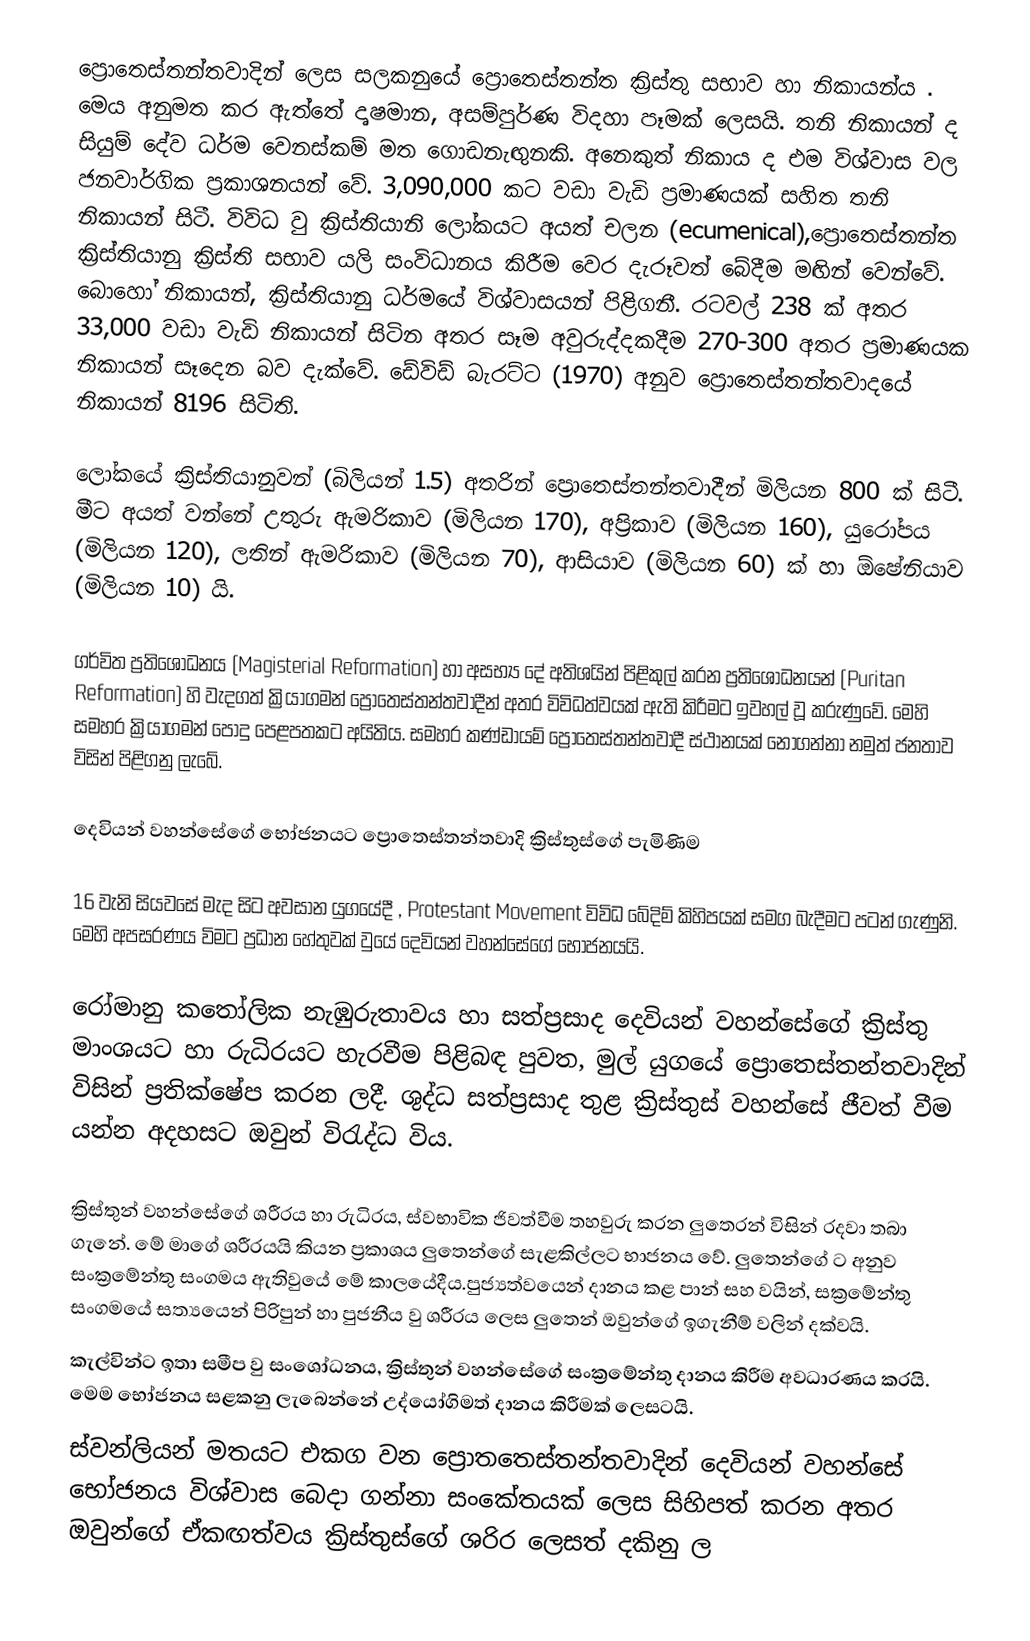
ප්‍රොතෙස්තන්තවාදින් ලෙස සලකනුයේ ප්‍රොතෙස්තන්ත ක්‍රිස්තු සභාව හා නිකායන්ය . මෙය අනුමත කර ඇත්තේ දෘෂමාන, අසම්පුර්ණ විදහා පෑමක් ලෙසයි. තනි නිකායන් ද සියුම් දේව ධර්ම වෙනස්කම් මත ගොඩනැඟුනකි. අනෙකුත් නිකාය ද එම විශ්වාස වල ජනවාර්ගික ප්‍රකාශනයන් වේ. 3,090,000 ක‍ට වඩා වැඩි ප්‍රමාණයක් සහිත  තනි නිකායන් සිටී. විවිධ වු ක්‍රිස්තියානි ලෝකයට අයත් චලන (ecumenical),ප්‍රොතෙස්තන්ත ක්‍රිස්තියානු ක්‍රිස්ති සභාව යලි සංවිධානය කිරීම වෙර දැරූවත් බේදීම මඟින් වෙන්වේ. බොහෝ නිකායන්, ක්‍රිස්තියානු ධර්මයේ විශ්වාසයන් පිළිගනී. රටවල් 238 ක් අතර 33,000 වඩා වැඩි නිකායන් සිටින අතර සෑම අවුරුද්දකදීම 270-300 අතර ප්‍රමාණයක නිකායන් සෑදෙන බව දැක්වේ. ඩේවිඩ් බැරට්ට (1970) අනුව ප්‍රොතෙස්තන්තවාදයේ නිකායන් 8196 සිටිති.

ලෝකයේ ක්‍රිස්තියානුවන් (බිලියන් 1.5) අතරින් ප්‍රොතෙස්තන්තවාදීන් මිලියන 800 ක් සිටී. මීට අයත් වන්නේ උතුරු ඇමරිකාව (මිලියන 170), අප්‍රිකාව (මිලියන 160), යුරෝපය (මිලියන 120), ලතින් ඇමරිකාව (මිලියන 70), ආසියාව (මිලියන 60) ක් හා ඕෂේනියාව (මිලියන 10) යි.

ගර්විත ප්‍රතිශෝධනය (Magisterial Reformation) හා  අසභ්‍ය දේ අතිශයින් පිළිකුල් කරන ප්‍රතිශෝධනයන් (Puritan Reformation)  හි වැදගත් ක්‍රියාගමන් ප්‍රොතෙස්තන්තවාදීන් අතර විවිධත්වයක් ඇති කිරීමට ඉවහල් වූ කරුණුවේ. මෙහි සමහර ක්‍රියාගමන් පොදු පෙළපතකට අයිතිය. සමහර කණ්ඩායම් ප්‍රොතෙස්තන්තවාදී ස්ථානයක් නොගන්නා නමුත් ජනතාව විසින් පිළිගනු ලැබේ.

දෙවියන් වහන්සේගේ භෝජනයට ප්‍රොතෙස්තන්තවාදි ක්‍රිස්තුස්ගේ පැමිණිම

16 වැනි  සියවසේ මැද සිට අවසාන යුගයේදී , Protestant Movement විවිධ බේදිම් කිහිපයක් සමග බැදීමට පටන් ගැණුනි. මෙහි අපසරණය විමට ප්‍රධාන හේතුවක් වුයේ දෙවියන් වහන්සේගේ භෝජනයයි.

රෝමානු කතෝලික නැඹුරුතාවය හා සත්ප්‍රසාද දෙවියන් වහන්සේගේ ක්‍රිස්තු මාංශයට හා රුධිරයට හැරවීම පිළිබඳ පුවත, මුල් යුගයේ ප්‍රොතෙස්තන්තවාදින් විසින් ප්‍රතික්ෂේප කරන ලදී. ශුද්ධ සත්ප්‍රසාද තුළ ක්‍රිස්තුස් වහන්සේ ජීවත් වීම යන්න අදහසට ඔවුන් විරැද්ධ විය.

ක්‍රිස්තුන් වහන්සේගේ ශරීරය හා රුධිරය, ස්වභාවික ජිවත්වීම තහවුරු කරන ලුතෙරන් විසින් රදවා තබා ගැනේ. මේ මාගේ ශරීරයයි කියන ප්‍රකාශය ලුතෙන්ගේ සැළකිල්ලට භාජනය වේ. ලුතෙන්ගේ ට අනුව සංක්‍රමේන්තු සංගමය ඇතිවුයේ මේ කාලයේදීය.පුජ්‍යත්වයෙන් දානය කළ පාන් සහ වයින්, සක්‍රමේන්තු සංගමයේ සත්‍යයෙන් පිරිපුන් හා පුජනීය වු ශරීරය ලෙස ලුතෙන් ඔවුන්ගේ ඉගැනීම් වලින් දක්වයි.
 කැල්වින්ට ඉතා සමීප වු සංශෝධනය, ක්‍රිස්තුන් වහන්සේගේ සංක්‍රමේන්තු දානය කිරීම අවධාරණය කරයි. මෙම භෝජනය සළකනු ලැබෙන්නේ උද්යෝගිමත් දානය කිරීමක් ලෙසටයි.
 ස්වන්ලියන් මතයට එකග වන ප්‍රොතතෙස්තන්තවාදින් දෙවියන් වහන්සේ භෝජනය විශ්වාස බෙදා ගන්නා සංකේතයක් ලෙස සිහිපත් කරන අතර ඔවුන්ගේ ඒකඟත්වය ක්‍රිස්තුස්ගේ ශරිර ලෙසත් දකිනු ල